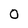
Character: 0